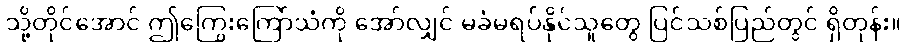
သို့တိုင်အောင် ဤကြွေးကြော်သံကို အော်လျှင် မခံမရပ်နိုင်သူတွေ ပြင်သစ်ပြည်တွင် ရှိတုန်း။